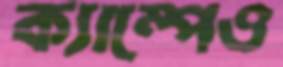
ক্যাম্পেও